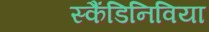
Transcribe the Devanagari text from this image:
स्कैंडिनिविया